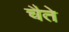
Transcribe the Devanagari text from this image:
चैते